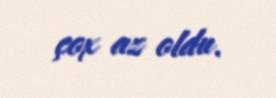
çox az oldu.